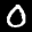
Label: 0